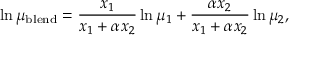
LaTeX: \ln \mu _ { \mathrm { b l e n d } } = { \frac { x _ { 1 } } { x _ { 1 } + \alpha x _ { 2 } } } \ln \mu _ { 1 } + { \frac { \alpha x _ { 2 } } { x _ { 1 } + \alpha x _ { 2 } } } \ln \mu _ { 2 } ,